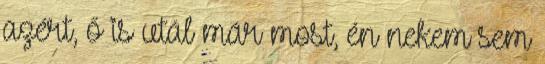
azért, ő is utál már most, én nekem sem